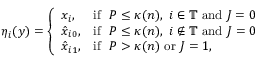
\eta _ { i } ( y ) = \left\{ \begin{array} { l l } { x _ { i } , } & { \mathrm { i f } \ \ P \le \kappa ( n ) , \ i \in \mathbb { T } \mathrm { ~ a n d ~ } J = 0 } \\ { \hat { x } _ { i 0 } , } & { \mathrm { i f } \ \ P \le \kappa ( n ) , \ i \notin \mathbb { T } \mathrm { ~ a n d ~ } J = 0 } \\ { \hat { x } _ { i 1 } , } & { \mathrm { i f } \ \ P > \kappa ( n ) \mathrm { ~ o r ~ } J = 1 , } \end{array} \right.